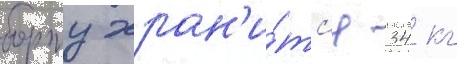
борту хран'и́тс'я 34 кг